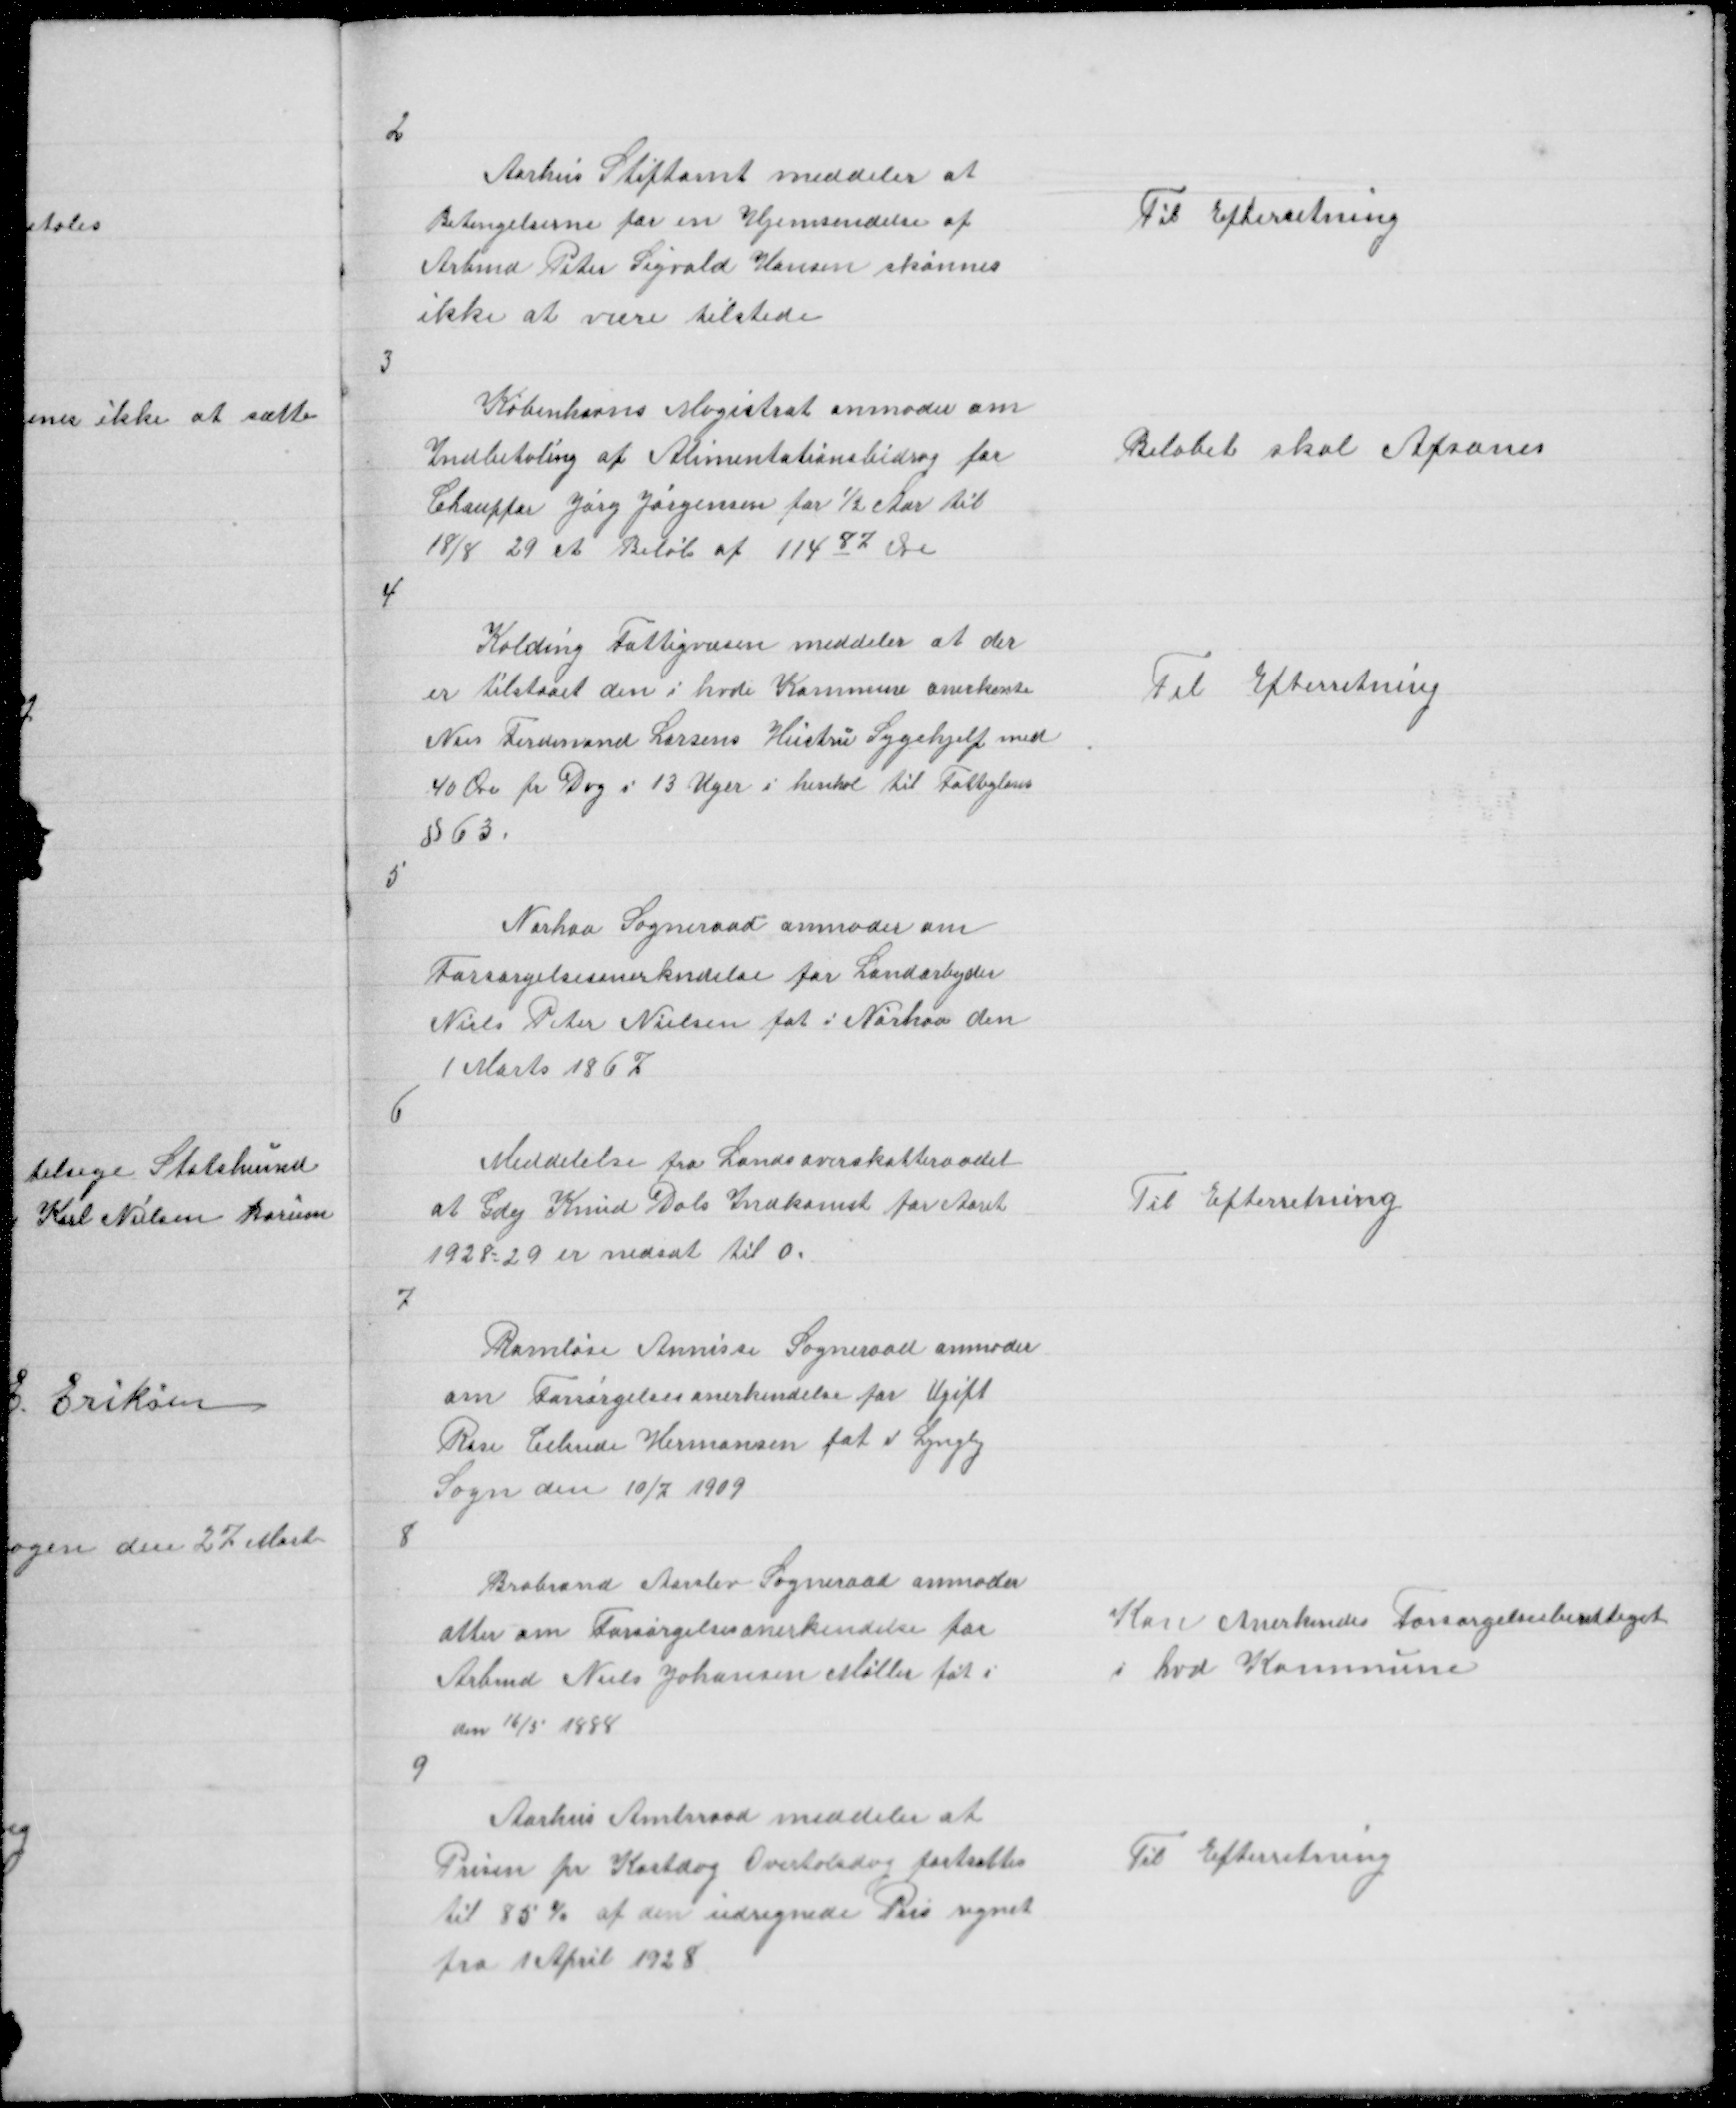
Transskription:
2

Aarhus Stiftamt meddeler at
Betingelserne for en Hjemsendelse af
Arbmd Peter Sigvald Hansen skønnes
ikke at være tilstede

Til Efterretning

3

Københavns Magistrat anmoder om
Indbetaling af Alimentationsbidrag for
Chauffør Jørg Jørgensen for ½ Aar til
18/8 29 et Beløb af 114 87 Øre

Beløbet skal Afsones

4

Kolding Fattigvæsen meddeler at der
er tilstaaet den i hvde Kommune anerkente
Nis Ferdinand Larsens Hustru Sygehjelp med
40 Øre pr Dag i 13 Uger i henhol til Fattiglovens
§ 63.

Til Efterretning

5

Nørhov Sogneraad anmoder om
Forsørgelsesanerkendelse for Landarbejde
Niels Peter Nielsen føt i Nørhov den
 1 Marts 1867

6

Meddelelse fra Landsoverskatteraadet
at Gdej Knud Dals Indkomst for Aaret
1928 - 29 er nedsat til 0

Til Efterretning

7

Ramløse Annisse Sogeneraad anmoder
om Forsørgelsesanerkendelse for Ugift
Rose Celinde Hermansen føt i Lyngby
Sogn den 10/7 1909

8

Brabrand Aarslev Sogneraad anmoder
atter om Forsørgelsesanerkendelse for
Arbmd Niels Johansen Møller føt i
den 16/5 1888

Kan Anerkendes Forsørgelsesberettiget
i hvd Kommune

9

Aarhus Amtsraad meddeler at
Prisen pr Kostdag Overtalsdag fastsættes
til 85 % af den udregnede Pris regnet
fra 1 April 1928

Til Efterretning